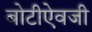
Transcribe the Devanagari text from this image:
बोटीऐवजी